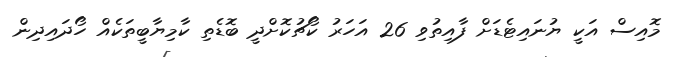
މޮއިސް އަކީ ޔުނައިޓެޑަށް ފާއިތުވި 26 އަހަރު ކޯޗުކޮށްދީ ބޮޑެތި ކާމިޔާބީތަކެއް ހޯދައިދިން